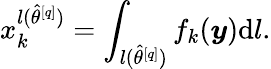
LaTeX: x_{k}^{l(\hat{\theta}^{[q]})}=\int_{l(\hat{\theta}^{[q]})}f_{k}(\boldsymbol{y})\mathrm{d}l.